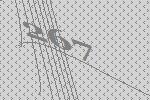
267